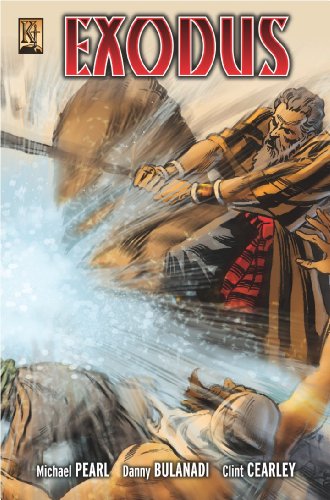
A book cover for Exodus; Micahael Pearl; Comics & Graphic Novels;